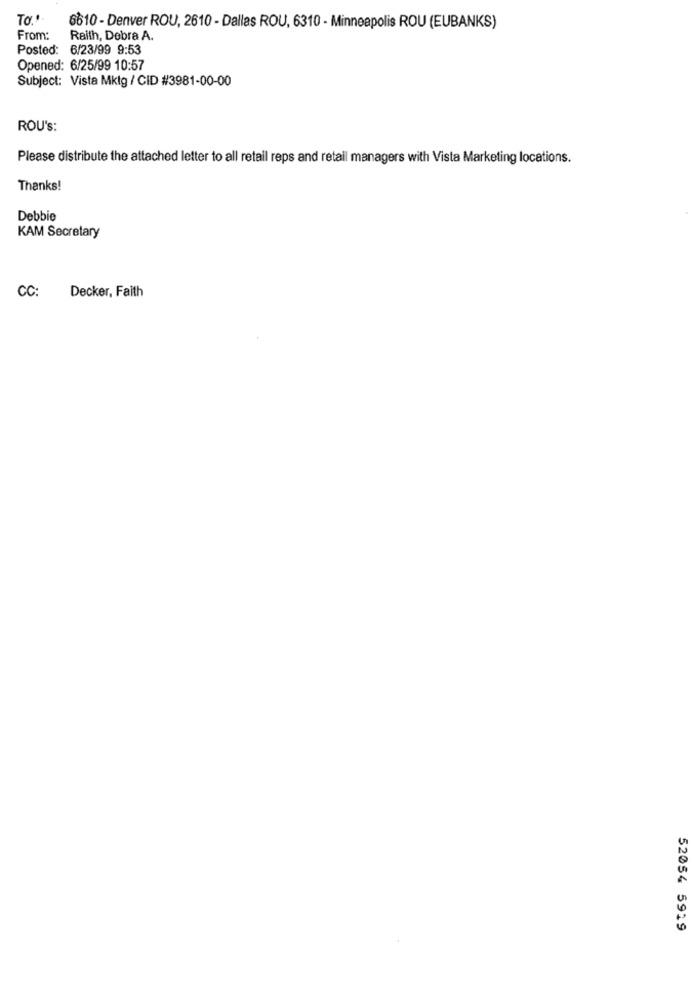
To.
6610 - Denver ROU, 2610 - Dallas ROU, 6310 - Minneapolis ROU (EUBANKS)
From:
Raith, Debra A.
Posted: 6/23/99 9:53
Opened: 6/25/99 10:57
Subject: Vista Mktg / CID #3981-00-00
ROU's:
Please distribute the attached letter to all retail reps and retail managers with Vista Marketing locations.
Thanks!
Debbie
KAM Secretary
CC:
Decker, Faith
52054 5929